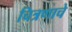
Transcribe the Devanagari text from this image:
चित्रणाचे